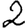
Digit: 2